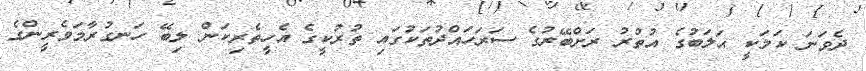
ދެވަނަ ކަމަކީ ޙަލަބުގެ އުތުރު ރަށްބޭރުގެ ސަރަހައްދުތަކުގައި ތުރުކީގެ އެހީތެރިކަން ލިބޭ ހަނގުރާމަވެރީންގެ